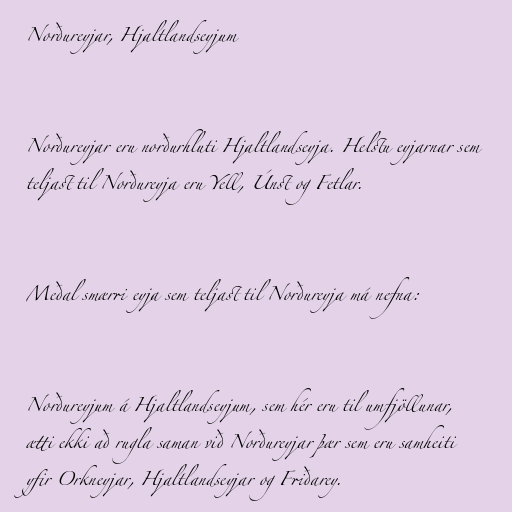
Norðureyjar, Hjaltlandseyjum

Norðureyjar eru norðurhluti Hjaltlandseyja. Helstu eyjarnar sem
teljast til Norðureyja eru Yell, Únst og Fetlar.

Meðal smærri eyja sem teljast til Norðureyja má nefna:

Norðureyjum á Hjaltlandseyjum, sem hér eru til umfjöllunar,
ætti ekki að rugla saman við Norðureyjar þær sem eru samheiti
yfir Orkneyjar, Hjaltlandseyjar og Friðarey.